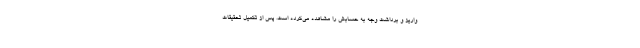
واریز و برداشت وجه به حسابش را مشاهده می‌کرده است. پس از تکمیل تحقیقات